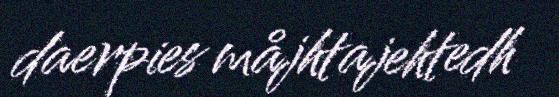
daerpies måjhtajehtedh